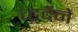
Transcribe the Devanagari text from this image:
व्हर्देने